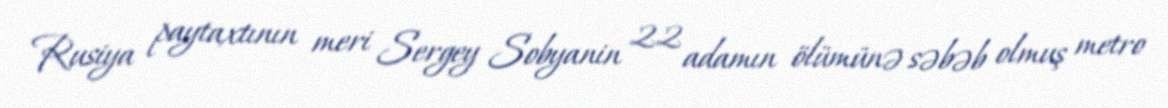
Rusiya paytaxtının meri Sergey Sobyanin 22 adamın ölümünə səbəb olmuş metro